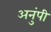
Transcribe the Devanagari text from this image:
अनुंपी